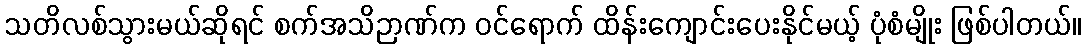
သတိလစ်သွားမယ်ဆိုရင် စက်အသိဉာဏ်က ဝင်ရောက် ထိန်းကျောင်းပေးနိုင်မယ့် ပုံစံမျိုး ဖြစ်ပါတယ်။